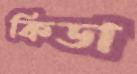
কিডা